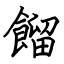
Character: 餾